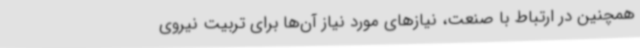
همچنین در ارتباط با صنعت، نیازهای مورد نیاز آن‌ها برای تربیت نیروی